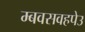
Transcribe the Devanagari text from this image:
म्बवसवहपेउ